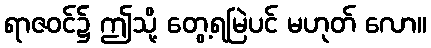
ရာဇဝင်၌ ဤသို့ တွေ့ရမြဲပင် မဟုတ် လော။